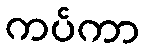
ကပ်ကာ